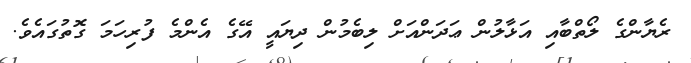
ރެޔާންގެ ލޯތްބާއި އަޅާލުން ޢަދަންއަށް ލިބެމުން ދިޔައީ އޭގެ އެންމެ ފުރިހަމަ ގޮތުގައެވެ.